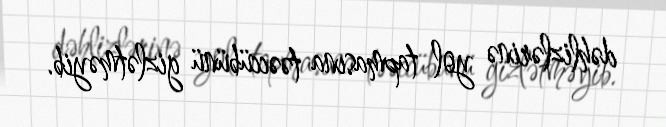
dəhlizlərinə yol tapmasına təəccübünü gizlətməyib.